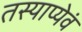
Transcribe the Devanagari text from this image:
तस्याप्येवं